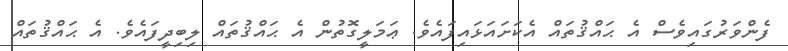
ފެންވަރުގައިވެސް އެ ޙައްޤުތައް އެކަށައަޅައިފައެވެ. ޢަމަލީގޮތުން އެ ޙައްޤުތައް ލިބިދީފައެވެ. އެ ޙައްޤުތައް